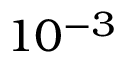
1 0 ^ { - 3 }